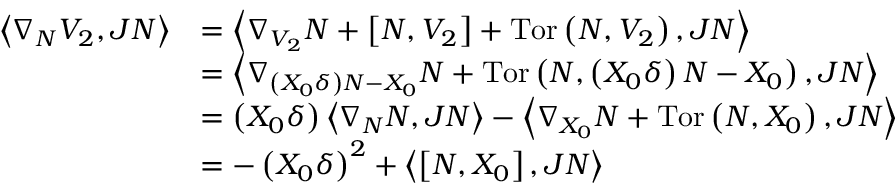
\begin{array} { r l } { \left\langle \nabla _ { N } V _ { 2 } , J N \right\rangle } & { = \left\langle \nabla _ { V _ { 2 } } N + \left[ N , V _ { 2 } \right] + \mathrm { T o r } \left( N , V _ { 2 } \right) , J N \right\rangle } \\ & { = \left\langle \nabla _ { \left( X _ { 0 } \delta \right) N - X _ { 0 } } N + \mathrm { T o r } \left( N , \left( X _ { 0 } \delta \right) N - X _ { 0 } \right) , J N \right\rangle } \\ & { = \left( X _ { 0 } \delta \right) \left\langle \nabla _ { N } N , J N \right\rangle - \left\langle \nabla _ { X _ { 0 } } N + \mathrm { T o r } \left( N , X _ { 0 } \right) , J N \right\rangle } \\ & { = - \left( X _ { 0 } \delta \right) ^ { 2 } + \left\langle \left[ N , X _ { 0 } \right] , J N \right\rangle } \end{array}